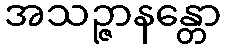
အသဉ္ဇာနန္တော